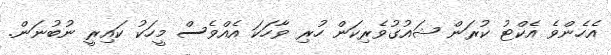
އެހެންވެ އެކްޓު ކުރަން ޝައުގުވެރިކަން ހުރި ވާހަކަ އެއްވެސް މީހަކު ކައިރީ ނުބުނަން.